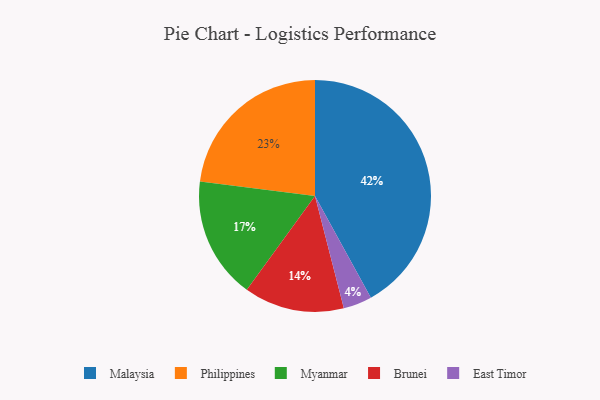
{"axis": {"x": "Category", "y": "Percentage"}, "legend": ["Brunei", "East Timor", "Malaysia", "Myanmar", "Philippines"], "data": [{"x": "Malaysia", "y": 42, "type": "Malaysia"}, {"x": "Philippines", "y": 23, "type": "Philippines"}, {"x": "Myanmar", "y": 17, "type": "Myanmar"}, {"x": "East Timor", "y": 4, "type": "East Timor"}, {"x": "Brunei", "y": 14, "type": "Brunei"}]}